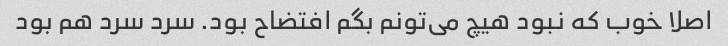
اصلا خوب که نبود هیچ می‌تونم بگم افتضاح بود. سرد سرد هم بود